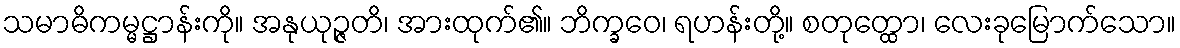
သမာဓိကမ္မဋ္ဌာန်းကို။ အနုယုဉ္ဇတိ၊ အားထုက်၏။ ဘိက္ခဝေ၊ ရဟန်းတို့။ စတုတ္ထော၊ လေးခုမြောက်သော။